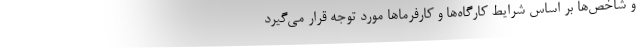
و شاخص‌ها بر اساس شرایط کارگاه‌ها و کارفرماها مورد توجه قرار می‌گیرد